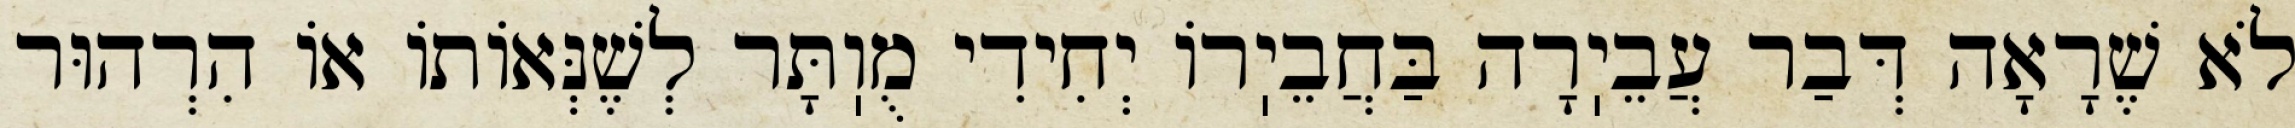
לֹא שֶׁרָאָה דְּבַר עֲבֵיֽרָה בַּחֲבֵיֽרוֹ יְחִידִי מֻוֽתָּר לְשֶׁנְּאוֹתוֹ אוֹ הִרְהוּר